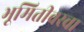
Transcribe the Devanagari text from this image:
भूमितीवरचा